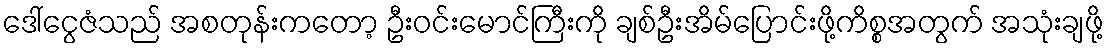
ဒေါ်ငွေဇံသည် အစတုန်းကတော့ ဦးဝင်းမောင်ကြီးကို ချစ်ဦးအိမ်ပြောင်းဖို့ကိစ္စအတွက် အသုံးချဖို့